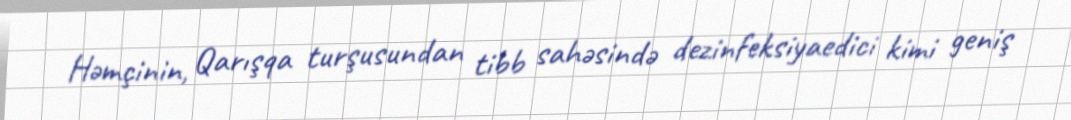
Həmçinin, Qarışqa turşusundan tibb sahəsində dezinfeksiyaedici kimi geniş